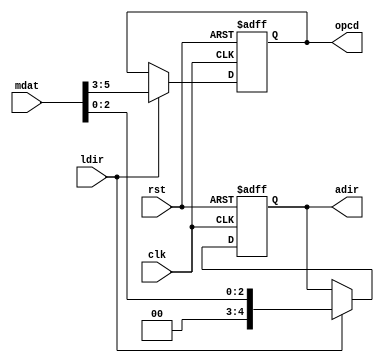
module instreg(clk,rst,ldir,mdat,adir,opcd);

input   clk;
input   ldir;
input	rst;
input   [7:0] mdat;
output  [4:0] adir;
output  [2:0] opcd;
reg     [4:0] adir;
reg 	[2:0] opcd;
    
    always @(posedge clk or negedge rst) begin
	if (!rst) begin	
		opcd <= 0;
		adir <= 0;	
        end else if (ldir == 1) begin
              	opcd <= mdat[7:3] ; 
      	      	adir <= mdat[2:0] ;
        end
    end

endmodule